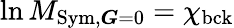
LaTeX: \ln M_{\mathrm{Sym,}\boldsymbol{G}=0}=\chi_{\mathrm{bck}}